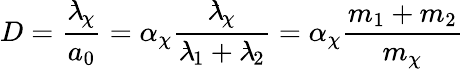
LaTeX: D={\frac{{\lambda\! \! \! ^{^{\underline{{\ \ }}}}}_{\chi}}{a_{0}}}=\alpha_{\chi}{\frac{{\lambda\! \! \! ^{^{\underline{{\ \ }}}}}_{\chi}}{{\lambda\! \! \! ^{^{\underline{{\ \ }}}}}_{1}+{\lambda\! \! \! ^{^{\underline{{\ \ }}}}}_{2}}}=\alpha_{\chi}{\frac{m_{1}+m_{2}}{m_{\chi}}}